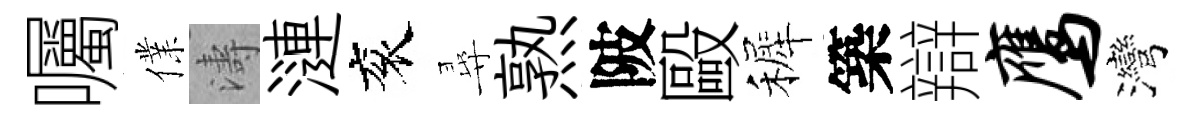
囑㒒濤漣衮尋熟陂毆裤築辯鹰灣